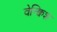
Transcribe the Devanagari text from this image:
वेन्क्विश